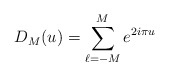
\begin{align*}D_M(u)=\sum_{\ell=-M}^M e^{2i\pi u}\end{align*}